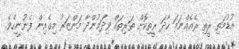
އުޑުމަތި ރީތި ރެއެއްނަމަ ހާދަ ރީތިކޮށް ތަރިތައް ވިދަމުންދާ މަންޒަރު މިގެއިން ފެނުނީހެވެ.